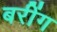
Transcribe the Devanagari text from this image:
बरींग